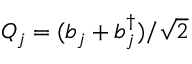
Q _ { j } = ( b _ { j } + b _ { j } ^ { \dagger } ) / \sqrt { 2 }